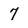
Character: 7